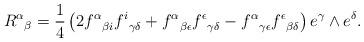
LaTeX: \begin{align*}{R^\alpha}_\beta ={1\over 4} \left(2{f^\alpha}_{\beta i}{f^i}_{\gamma\delta}+{f^\alpha}_{\beta\epsilon}{f^\epsilon}_{\gamma\delta}-{f^\alpha}_{\gamma\epsilon}{f^\epsilon}_{\beta\delta}\right)e^\gamma\wedge e^\delta.\end{align*}